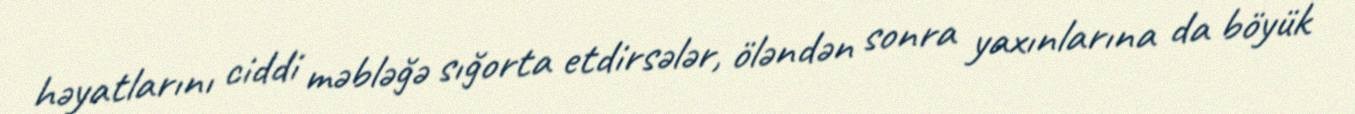
həyatlarını ciddi məbləğə sığorta etdirsələr, öləndən sonra yaxınlarına da böyük